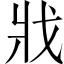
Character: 戕